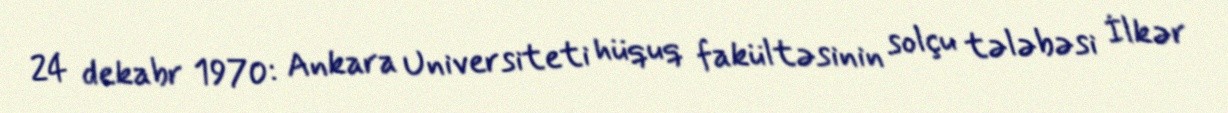
24 dekabr 1970: Ankara Universiteti hüquq fakültəsinin solçu tələbəsi İlkər